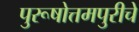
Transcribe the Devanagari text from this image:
पुरूषोत्तमपुरीचे